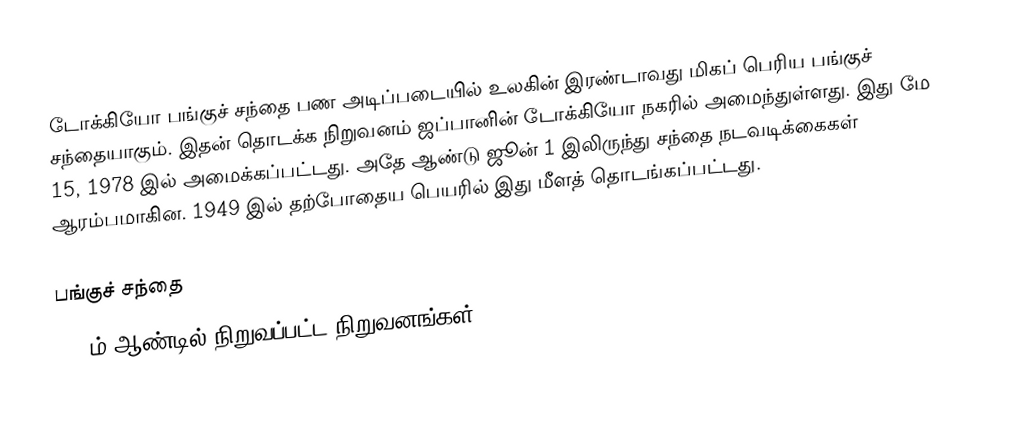
டோக்கியோ பங்குச் சந்தை பண அடிப்படையில் உலகின் இரண்டாவது மிகப் பெரிய பங்குச் சந்தையாகும். இதன் தொடக்க நிறுவனம் ஜப்பானின் டோக்கியோ நகரில் அமைந்துள்ளது. இது மே 15, 1978 இல் அமைக்கப்பட்டது. அதே ஆண்டு ஜூன் 1 இலிருந்து சந்தை நடவடிக்கைகள் ஆரம்பமாகின. 1949 இல் தற்போதைய பெயரில் இது மீளத் தொடங்கப்பட்டது.

பங்குச் சந்தை
1878ம் ஆண்டில் நிறுவப்பட்ட நிறுவனங்கள்